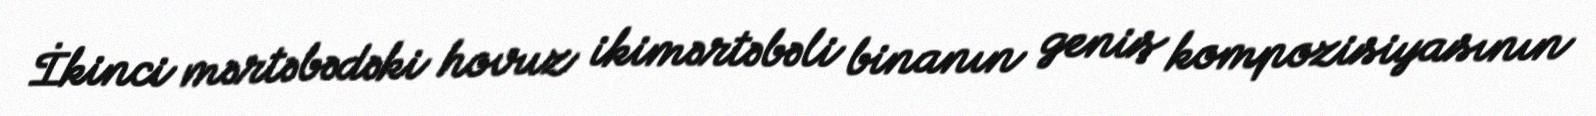
İkinci mərtəbədəki hovuz ikimərtəbəli binanın geniş kompozisiyasının